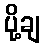
ပို့ချ